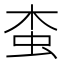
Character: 𧉓